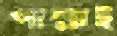
পাল্লাই